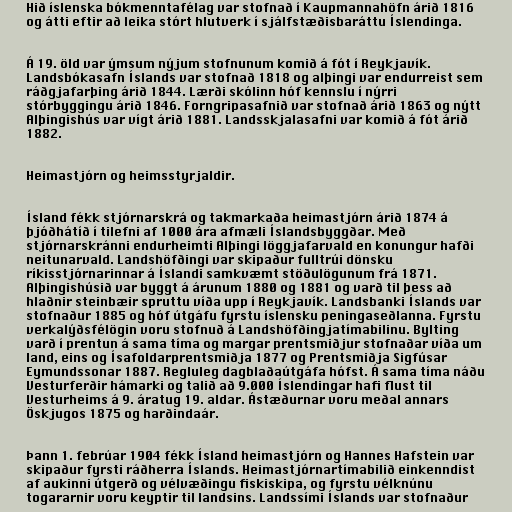
Hið íslenska bókmenntafélag var stofnað í Kaupmannahöfn árið 1816
og átti eftir að leika stórt hlutverk í sjálfstæðisbaráttu Íslendinga.

Á 19. öld var ýmsum nýjum stofnunum komið á fót í Reykjavík.
Landsbókasafn Íslands var stofnað 1818 og alþingi var endurreist sem
ráðgjafarþing árið 1844. Lærði skólinn hóf kennslu í nýrri
stórbyggingu árið 1846. Forngripasafnið var stofnað árið 1863 og nýtt
Alþingishús var vígt árið 1881. Landsskjalasafni var komið á fót árið
1882.

Heimastjórn og heimsstyrjaldir.

Ísland fékk stjórnarskrá og takmarkaða heimastjórn árið 1874 á
þjóðhátíð í tilefni af 1000 ára afmæli Íslandsbyggðar. Með
stjórnarskránni endurheimti Alþingi löggjafarvald en konungur hafði
neitunarvald. Landshöfðingi var skipaður fulltrúi dönsku
ríkisstjórnarinnar á Íslandi samkvæmt stöðulögunum frá 1871.
Alþingishúsið var byggt á árunum 1880 og 1881 og varð til þess að
hlaðnir steinbæir spruttu víða upp í Reykjavík. Landsbanki Íslands var
stofnaður 1885 og hóf útgáfu fyrstu íslensku peningaseðlanna. Fyrstu
verkalýðsfélögin voru stofnuð á Landshöfðingjatímabilinu. Bylting
varð í prentun á sama tíma og margar prentsmiðjur stofnaðar víða um
land, eins og Ísafoldarprentsmiðja 1877 og Prentsmiðja Sigfúsar
Eymundssonar 1887. Regluleg dagblaðaútgáfa hófst. Á sama tíma náðu
Vesturferðir hámarki og talið að 9.000 Íslendingar hafi flust til
Vesturheims á 9. áratug 19. aldar. Ástæðurnar voru meðal annars
Öskjugos 1875 og harðindaár.

Þann 1. febrúar 1904 fékk Ísland heimastjórn og Hannes Hafstein var
skipaður fyrsti ráðherra Íslands. Heimastjórnartímabilið einkenndist
af aukinni útgerð og vélvæðingu fiskiskipa, og fyrstu vélknúnu
togararnir voru keyptir til landsins. Landssími Íslands var stofnaður